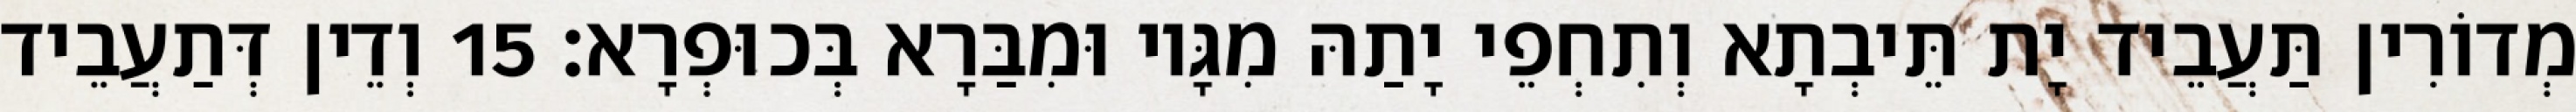
מְדוֹרִין תַּעֲבֵיד יָת תֵּיבְתָא וְתִחְפֵי יָתַהּ מִגָּיו וּמִבַּרָא בְּכוּפְרָא׃ 15 וְדֵין דְּתַעֲבֵיד